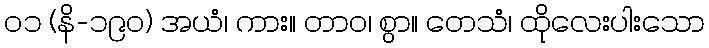
၀၁ (နိ-၁၉၀) အယံ၊ ကား။ တာဝ၊ စွာ။ တေသံ၊ ထိုလေးပါးသော